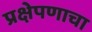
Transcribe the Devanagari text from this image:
प्रक्षेपणाचा